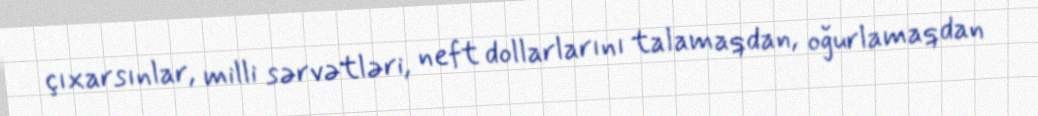
çıxarsınlar, milli sərvətləri, neft dollarlarını talamaqdan, oğurlamaqdan